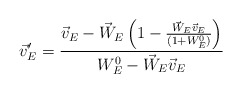
\begin{align*}\vec{v}'_E = \frac{\vec{v}_E - \vec{W}_E \left(1 - \frac{\vec{W}_E \vec{v}_E}{(1 + W^0_E)}\right)}{W^0_E - \vec{W}_E \vec{v}_E}\end{align*}